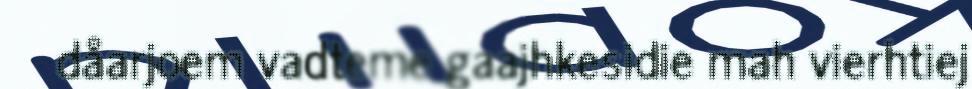
dåarjoem vadteme gaajhkesidie mah vierhtiej